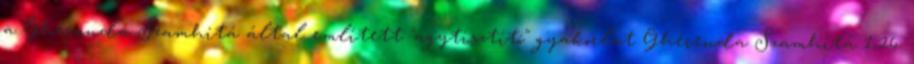
a Ghéranda-Szamhitá által említett "agytisztító" gyakorlat Ghérenda Szamhitá 1,26.